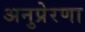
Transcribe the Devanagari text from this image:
अनुप्रेरणा